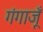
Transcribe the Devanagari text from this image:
गंगाजूँ